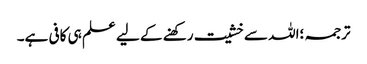
ترجمہ ؛اللہ سے خشیت رکھنے کے لیے علم ہی کافی ہے۔